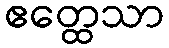
ဧတ္ထေသာ